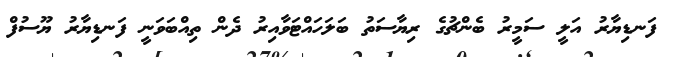
ފަނޑިޔާރު އަލީ ސަމީރު ބެންޗުގެ ރިޔާސަތު ބަލަހައްޓަވާއިރު ދެން ތިއްބަވަނީ ފަނޑިޔާރު ޔޫސުފް